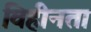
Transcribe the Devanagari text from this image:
विहीनता